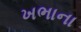
ખભાના